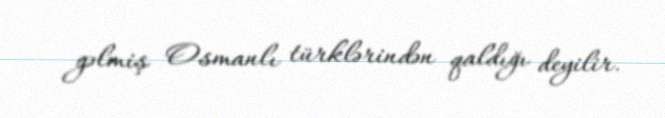
gəlmiş Osmanlı türklərindən qaldığı deyilir.